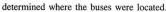
determined where the buses were located.